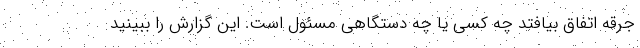
جرقه اتفاق بیافتد چه کسی یا چه دستگاهی مسئول است. این گزارش را ببینید